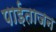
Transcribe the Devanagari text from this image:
पाईताजन